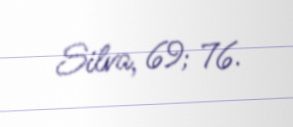
Silva, 69; 76.